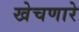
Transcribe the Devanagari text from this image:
खेचणारे